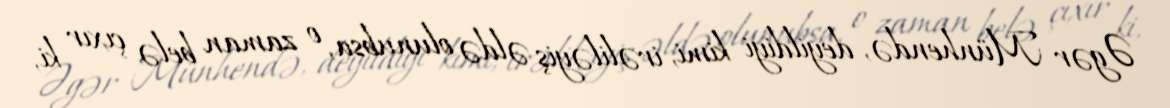
Əgər Münhendə, deyildiyi kimi, irəliləyiş əldə olunubsa, o zaman belə çıxır ki,